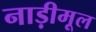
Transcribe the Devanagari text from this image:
नाड़ीमूल